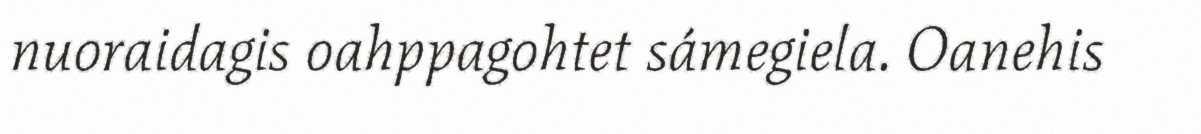
nuoraidagis oahppagohtet sámegiela. Oanehis